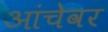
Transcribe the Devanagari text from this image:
आंचेवर